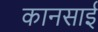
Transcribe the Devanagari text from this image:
कानसाई